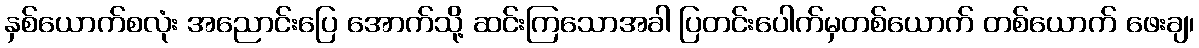
နှစ်ယောက်စလုံး အညောင်းပြေ အောက်သို့ ဆင်းကြသောအခါ ပြတင်းပေါက်မှတစ်ယောက် တစ်ယောက် ဖေးချ၊